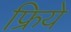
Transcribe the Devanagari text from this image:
फ्रिये